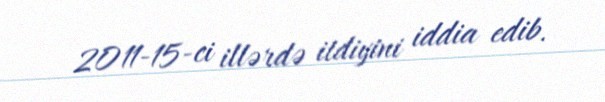
2011-15-ci illərdə itdiyini iddia edib.